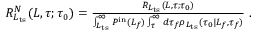
\begin{array} { r } { R _ { L _ { \mathrm { t s } } } ^ { N } ( L , \tau ; \tau _ { 0 } ) = \frac { R _ { L _ { \mathrm { t s } } } ( L , \tau ; \tau _ { 0 } ) } { \int _ { L _ { \mathrm { t s } } } ^ { \infty } P ^ { \mathrm { i n } } ( L _ { f } ) \int _ { \tau } ^ { \infty } d \tau _ { f } \rho _ { L _ { \mathrm { t s } } } ( \tau _ { 0 } | L _ { f } , \tau _ { f } ) } \ . } \end{array}